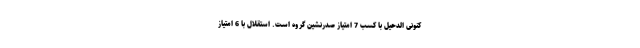
کنونی الدحیل با کسب 7 امتیاز صدرنشین گروه است. استقلال با 6 امتیاز